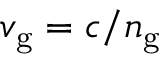
v _ { \mathrm { g } } = c / n _ { \mathrm { g } }